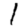
Digit: 1